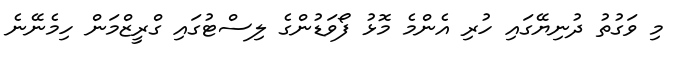
މި ވަގުތު ދުނިޔޭގައި ހުރި އެންމެ މޮޅު ފޯވަޑުންގެ ލިސްޓުގައި ގްރީޒްމަން ހިމެނޭނެ